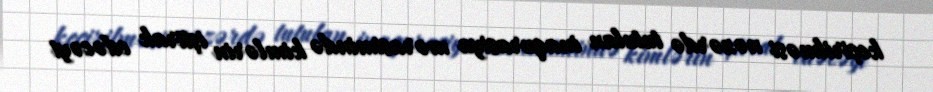
keçirilməsi nəzərdə tutulan inaqurasiya mərasimində kimlərin iştirak edəcəyi